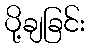
ပို့ချခြင်း